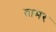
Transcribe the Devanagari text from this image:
तामर